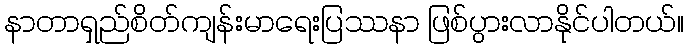
နာတာရှည်စိတ်ကျန်းမာရေးပြဿနာ ဖြစ်ပွားလာနိုင်ပါတယ်။